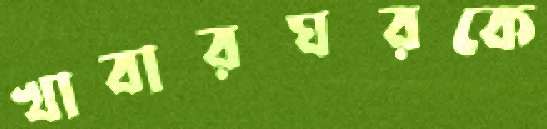
খাবারঘরকে